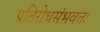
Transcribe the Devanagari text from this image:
प्रतिरोधसंभवतः